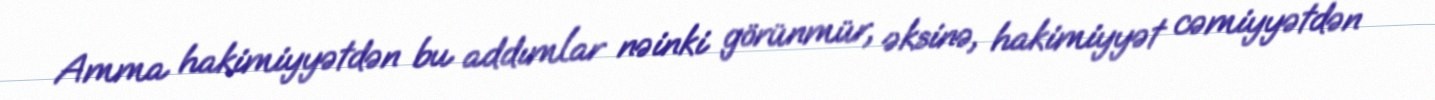
Amma hakimiyyətdən bu addımlar nəinki görünmür, əksinə, hakimiyyət cəmiyyətdən